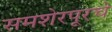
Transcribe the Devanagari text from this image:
समशेरपूरचे